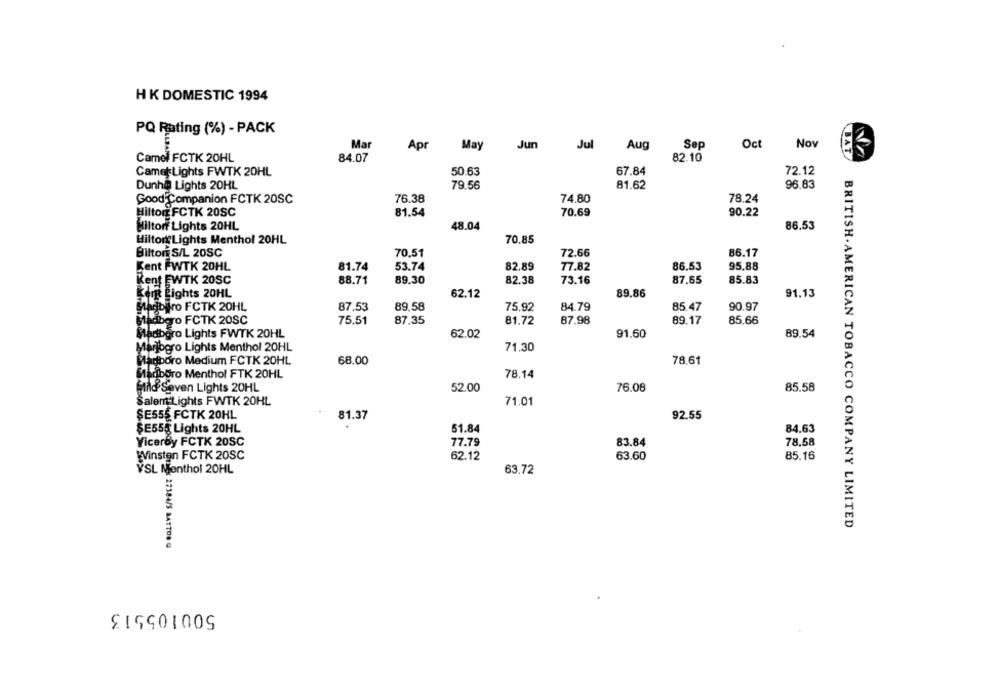
HK DOMESTIC 1994
PQ Rating (%) - PACK
Mar
May
Jun
Jul
Aug
Sep
Oct
Nov
Apr
BAT
Camel FCTK 20HL
84.07
82.10
Camet Lights FWTK 20HL
50.63
67.84
72.12
Dunha Lights 20HL
79.56
81.62
96.83
Good Companion FCTK 20SC
76.38
74.80
78.24
Hilton FCTK 20SC
81.54
70.69
90.22
Milton Lights 20HL
48.04
86.53
Hilton Lights Menthol 20HL
70.85
Bilton S/L 20SC
70.51
72.66
86.17
Kent FWTK 20HL
81.74
53.74
82.89
77.82
86.53
95.88
Kent EWTK 20SC
88.71
89.30
82.38
73.16
87.65
85.83
Kerk Lights 20HL
62.12
89.86
91.13
Madbiro FCTK 20HL
87.53
89.58
75.92
84.79
85.47
90.97
Mladbero FCTK 20SC
75.51
87,35
81.72
87.98
89.17
85.66
Mladiboro Lights FWTK 20HL
62.02
91.60
89.54
Marjogro Lights Menthol 20HL
71.30
68.00
78.61
Madboro Medium FCTK 20HL
Madboro Menthol FTK 20HL
78.14
52.00
76.08
85.58
Mild Seven Lights 20HL
Salem Lights FWTK 20HL
71.01
92.55
ŞE555 FCTK 20HL
81.37
$E555 Lights 20HL
51.84
84.63
Viceroy FCTK 20SC
77.79
83.84
78,58
Winsten FCTK 20SC
62.12
63.60
85.16
VSL Menthol 20HL
63.72
BRITISH . AMERICAN TOBACCO COMPANY LIMITED
27384/S BATTO8 Q
500105513